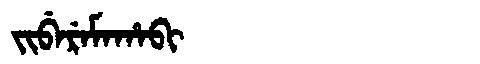
Manchu: ᠵᡳᠪᡝᡵᡝᠮᠠᡥᠠᠪᡳ
Romanization: JIBEREMAHABI